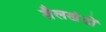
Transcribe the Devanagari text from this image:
शैलखंडों